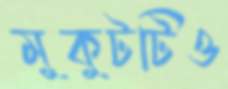
মুকুটটিও